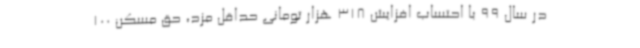
در سال 99 با احتساب افزایش 318 هزار تومانی حداقل مزد، حق مسکن 100